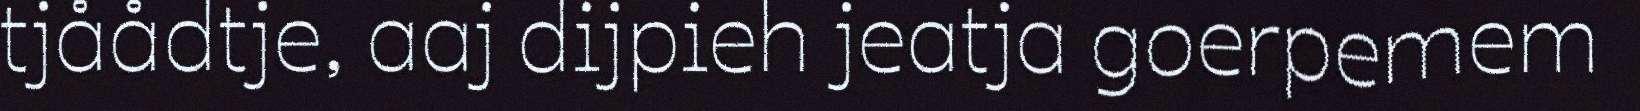
tjåådtje, aaj dijpieh jeatja goerpemem